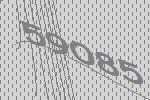
59085